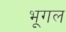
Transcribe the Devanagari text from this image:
भूगल